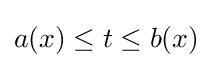
a(x)\leq t\leq b(x)